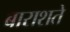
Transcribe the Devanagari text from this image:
बाराशते